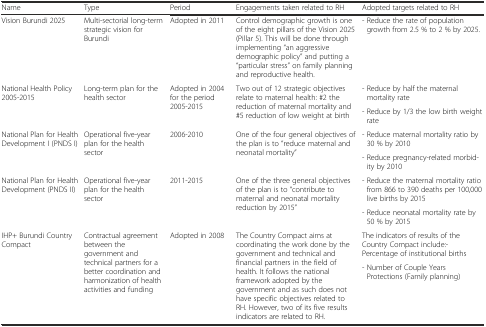
<table><thead><tr><td><b>Name</b></td><td><b>Type</b></td><td><b>Period</b></td><td><b>Engagements taken related to RH</b></td><td><b>Adopted targets related to RH</b></td></tr></thead><tbody><tr><td>Vision Burundi 2025</td><td>Multi-sectorial long-term strategic vision for Burundi</td><td>Adopted in 2011</td><td>Control demographic growth is one of the eight pillars of the Vision 2025 (Pillar 5). This will be done through implementing “an aggressive demographic policy” and putting a “particular stress” on family planning and reproductive health.</td><td>- Reduce the rate of population growth from 2.5 % to 2 % by 2025.</td></tr><tr><td rowspan="2">National Health Policy 2005-2015</td><td rowspan="2">Long-term plan for the health sector</td><td rowspan="2">Adopted in 2004 for the period 2005-2015</td><td rowspan="2">Two out of 12 strategic objectives relate to maternal health: #2 the reduction of maternal mortality and #5 reduction of low weight at birth</td><td>- Reduce by half the maternal mortality rate</td></tr><tr><td>- Reduce by 1/3 the low birth weight rate</td></tr><tr><td rowspan="2">National Plan for Health Development I (PNDS I)</td><td rowspan="2">Operational five-year plan for the health sector</td><td rowspan="2">2006-2010</td><td rowspan="2">One of the four general objectives of the plan is to “reduce maternal and neonatal mortality”</td><td>- Reduce maternal mortality ratio by 30 % by 2010</td></tr><tr><td>- Reduce pregnancy-related morbidity by 2010</td></tr><tr><td rowspan="2">National Plan for Health Development (PNDS II)</td><td rowspan="2">Operational five-year plan for the health sector</td><td rowspan="2">2011-2015</td><td rowspan="2">One of the three general objectives of the plan is to “contribute to maternal and neonatal mortality reduction by 2015”</td><td>- Reduce the maternal mortality ratio from 866 to 390 deaths per 100,000 live births by 2015</td></tr><tr><td>- Reduce neonatal mortality rate by 50 % by 2015</td></tr><tr><td rowspan="2">IHP+ Burundi Country Compact</td><td rowspan="2">Contractual agreement between the government and technical partners for a better coordination and harmonization of health activities and funding</td><td rowspan="2">Adopted in 2008</td><td rowspan="2">The Country Compact aims at coordinating the work done by the government and technical and financial partners in the field of health. It follows the national framework adopted by the government and as such does not have specific objectives related to RH. However, two of its five results indicators are related to RH.</td><td>The indicators of results of the Country Compact include:- Percentage of institutional births</td></tr><tr><td>- Number of Couple Years Protections (Family planning)</td></tr></tbody></table>